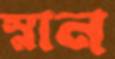
স্নান